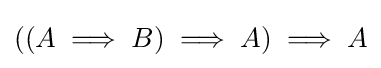
((A\implies B)\implies A)\implies A